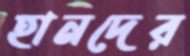
হানদের